Indian journal of veterinary science and animal husbandry - Volume 10,
Year: 1940
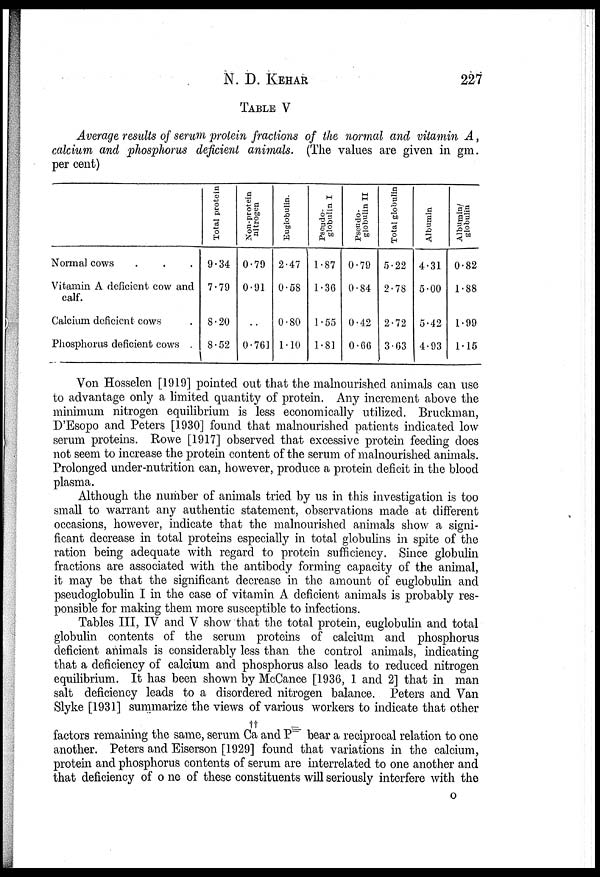
N. D. KEHAR 227
TABLE V
Average results of serum protein fractions of the normal and vitamin A,
calcium and phosphorus deficient animals. (The values are given in gm.
per cent)
Normal cows . . .
Vitamin A deficient cow and
calf.
Calcium deficient cows .
Phosphorus deficient cows .
Total protein
9.34
7.79
8.20
8.52
Non-protein
nitrogen
0.79
0.91
..
0.761
Euglobulin.
2.47
0.58
0.80
1.10
Pseudo¬
globulin I
1.87
1.36
1.55
1.81
Pseudo¬
globulin II
0.79
0.84
0.42
0.66
Total globulin
5.22
2.78
2.72
3.63
Albumin
4.31
5.00
5.42
4.93
Albumin/
globulin
0.82
1.88
1.99
1.15
Von Hosselen [1919] pointed out that the malnourished animals can use
to advantage only a limited quantity of protein. Any increment above the
minimum nitrogen equilibrium is less economically utilized. Bruckman,
D'Esopo and Peters [1930] found that malnourished patients indicated low
serum proteins. Rowe [1917] observed that excessive protein feeding does
not seem to increase the protein content of the serum of malnourished animals.
Prolonged under-nutrition can, however, produce a protein deficit in the blood
plasma.
Although the number of animals tried by us in this investigation is too
small to warrant any authentic statement, observations made at different
occasions, however, indicate that the malnourished animals show a signi-
ficant decrease in total proteins especially in total globulins in spite of the
ration being adequate with regard to protein sufficiency. Since globulin
fractions are associated with the antibody forming capacity of the animal,
it may be that the significant decrease in the amount of euglobulin and
pseudoglobulin I in the case of vitamin A deficient animals is probably res-
ponsible for making them more susceptible to infections.
Tables III, IV and V show that the total protein, euglobulin and total
globulin contents of the serum proteins of calcium and phosphorus
deficient animals is considerably less than the control animals, indicating
that a deficiency of calcium and phosphorus also leads to reduced nitrogen
equilibrium. It has been shown by McCance [1936, 1 and 2] that in man
salt deficiency leads to a disordered nitrogen balance. Peters and Van
Slyke [1931] summarize the views of various workers to indicate that other
††
factors remaining the same, serum Ca and P bear a reciprocal relation to one
another. Peters and Eiserson [1929] found that variations in the calcium,
protein and phosphorus contents of serum are interrelated to one another and
that deficiency of one of these constituents will seriously interfere with the
O